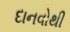
દાનવોથી